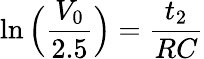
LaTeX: \ln\Big(\frac{V_{0}}{2.5}\Big)=\frac{t_{2}}{RC}